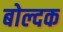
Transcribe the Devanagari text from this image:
बोल्दक